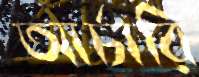
আর্চারি